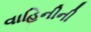
વાહિનીની